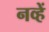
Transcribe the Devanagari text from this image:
नव्हें